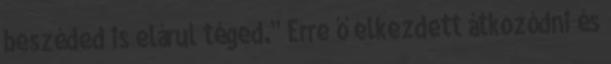
beszéded is elárul téged.'' Erre ő elkezdett átkozódni és